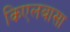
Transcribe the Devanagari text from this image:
किएलबासा